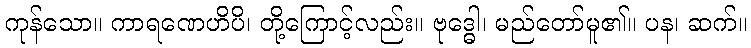
ကုန်သော။ ကာရဏေဟိပိ၊ တို့ကြောင့်လည်း။ ဗုဒ္ဓေါ၊ မည်တော်မူ၏။ ပန၊ ဆက်။